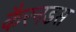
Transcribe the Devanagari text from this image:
कैरनडस